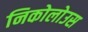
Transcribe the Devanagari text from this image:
निकोलोउस